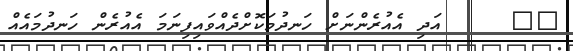
١٣     އަދި އެއުރެންނަށް ހަނދުމަކޮށްދެއްވައިފިނަމަ އެއުރެން ހަނދުމައެއް